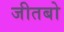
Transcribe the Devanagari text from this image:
जीतबो